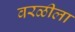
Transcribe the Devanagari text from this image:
वरळीला